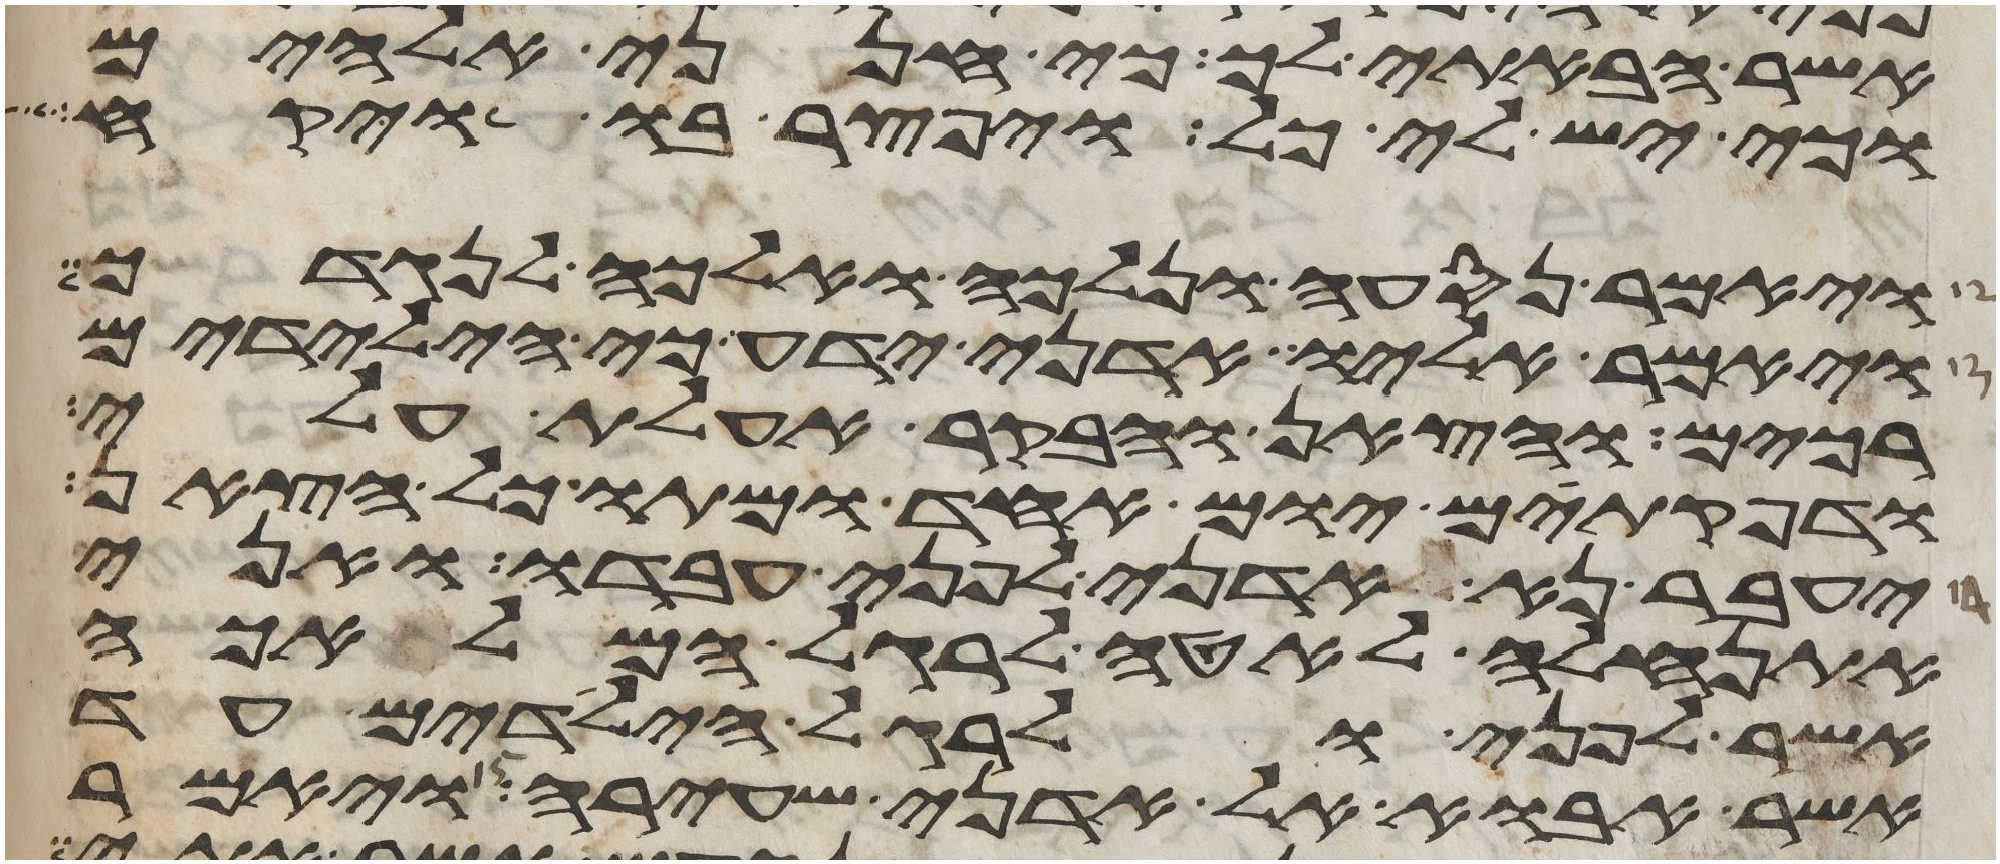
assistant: אשר הבאתי לך כי חנני אלהים
וכי יש לי כל ויפצר בו ויקח
ויאמר נסעה ונלכה ואלכה לנגדך
ויאמר אליו אדני ידע כי הילדים
רכים והצאן והבקר אעלת עלי
ודפקתים יום אחד ומתו כל הצאן
יעבר נא אדני לפני עבדו ואני
אתנהלה לאטי לרגל המלאכה
אשר לפני ולרגל הילדים עד
אשר אבוא אל אדני שעירה ויאמר